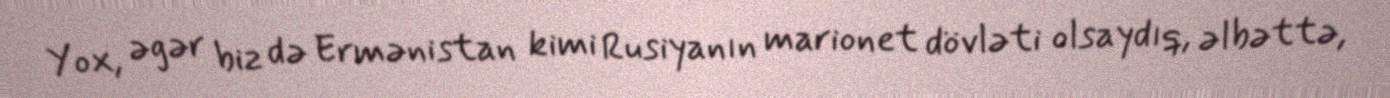
Yox, əgər biz də Ermənistan kimi Rusiyanın marionet dövləti olsaydıq, əlbəttə,